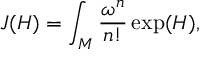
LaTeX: J ( H ) = \int _ { M } \frac { \omega ^ { n } } { n ! } \exp ( H ) ,